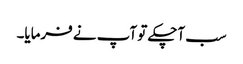
سب آچکے تو آپ نے فرمایا۔